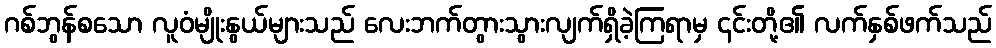
ဂစ်ဘွန်စသော လူဝံမျိုးနွယ်များသည် လေးဘက်တွားသွားလျက်ရှိခဲ့ကြရာမှ ၎င်းတို့၏ လက်နှစ်ဖက်သည်